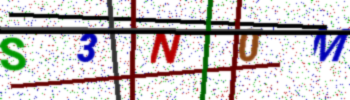
Text: S3N0M